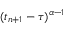
( t _ { n + 1 } - \tau ) ^ { \alpha - 1 }